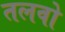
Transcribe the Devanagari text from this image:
तलवो